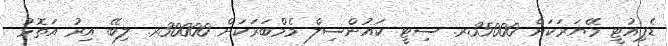
ޑެޕިއުޓީ މޭޔަރަކަށް 35000ރ. ސިޓީ ކައުންސިލް މެމްބަރަކަށް 30000ރ. ލިބޭ އިރު އަތޮޅު